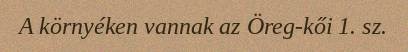
A környéken vannak az Öreg-kői 1. sz.